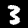
Digit: 3